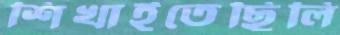
শিখাইতেছিলি